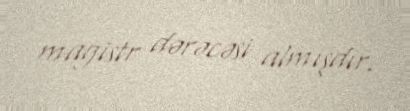
magistr dərəcəsi almışdır.